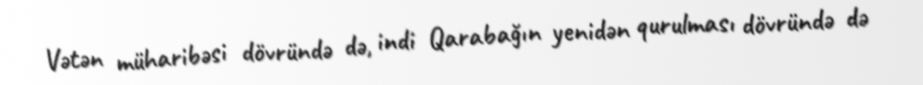
Vətən müharibəsi dövründə də, indi Qarabağın yenidən qurulması dövründə də